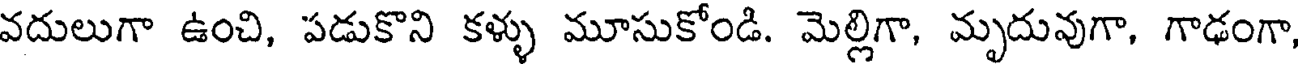
వదులుగా ఉంచి, పడుకొని కళ్ళు మూసుకోండి. మెల్లిగా, మృదువుగా, గాఢంగా,